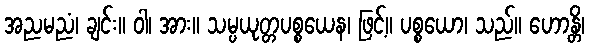
အညမညံ၊ ချင်း။ ဝါ၊ အား။ သမ္ပယုတ္တပစ္စယေန၊ ဖြင့်။ ပစ္စယော၊ သည်။ ဟောန္တိ၊